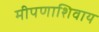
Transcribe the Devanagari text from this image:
मीपणाशिवाय